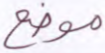
موضع